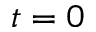
t = 0